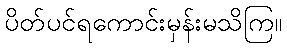
ပိတ်ပင်ရကောင်းမှန်းမသိကြ။